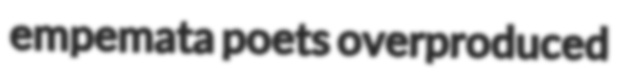
empemata poets overproduced